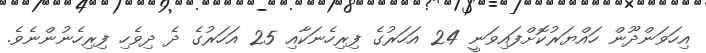
އިހަވަންދޫން ހައްޔަރުކޮށްފައިވަނީ 24 އަހަރުގެ ފިރިހެނަކާއި 25 އަހަރުގެ ދެ ދިވެހި ފިރިހެނުންނެވެ.